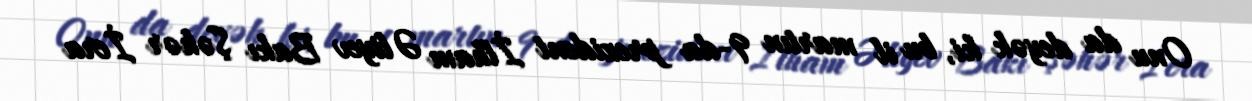
Onu da deyək ki, bu il martın 9-da prezident İlham Əliyev Bakı Şəhər İcra